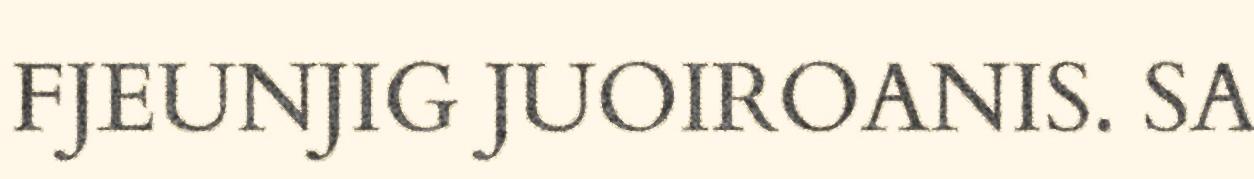
FJEUNJIG JUOIROANIS. SA